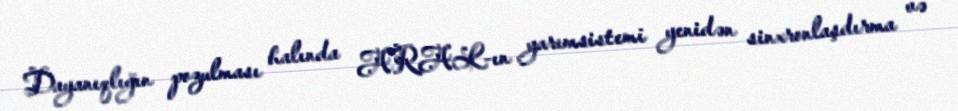
Dayanıqlığın pozulması halında ARAL-ın yarımsistemi yenidən sinxronlaşdırma və